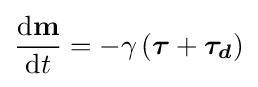
{\frac {\mathrm {d} \mathbf {m} }{\mathrm {d} t}}=-\gamma \left({\boldsymbol {\tau }}+{\boldsymbol {\tau _{d}}}\right)